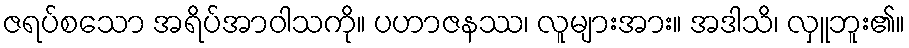
ဇရပ်စသော အရိပ်အာဝါသကို။ ပဟာဇနဿ၊ လူများအား။ အဒါသိ၊ လှူဘူး၏။